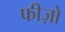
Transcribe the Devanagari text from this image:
फीज़ो